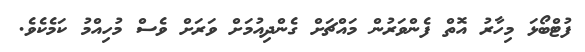
ފުޓްބޯޅަ މިހާރު އޮތް ފެންވަރުން މައްޗަށް ގެންދިއުމަށް ވަރަށް ވެސް މުހިއްމު ކަމެކެވެ.